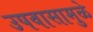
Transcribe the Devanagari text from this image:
उपवासामुळे